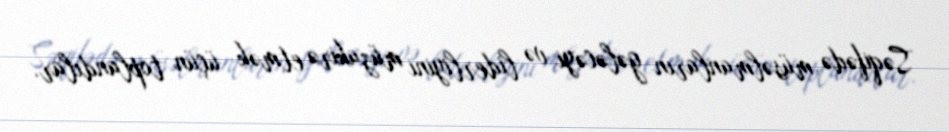
Səqifədə müsəlmanların gələcəyi və liderliyini müzakirə etmək üçün toplandılar.